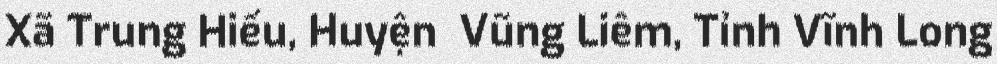
Xã Trung Hiếu, Huyện  Vũng Liêm, Tỉnh Vĩnh Long